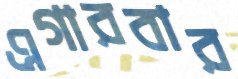
এগারবার